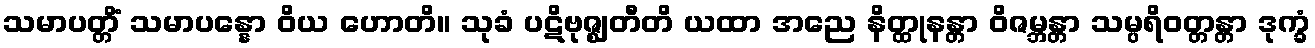
သမာပတ္တိံ သမာပန္နော ဝိယ ဟောတိ။ သုခံ ပဋိဗုဇ္ဈတီတိ ယထာ အညေ နိတ္ထုနန္တာ ဝိဇမ္ဘန္တာ သမ္ပရိဝတ္တန္တာ ဒုက္ခံ